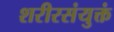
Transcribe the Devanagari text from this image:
शरीरसंयुक्तं